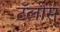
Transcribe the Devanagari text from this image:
टॅलोस